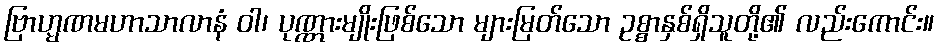
ဗြာဟ္မဏမဟာသာလာနံ ဝါ၊ ပုဏ္ဏားမျိုးဖြစ်သော များမြတ်သော ဥစ္စာနှစ်ရှိသူတို့၏ လည်းကောင်း။